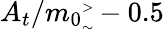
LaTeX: A_{t}/m_{0}{\tiny\begin{array}{l}{{>}}\\ {{\sim}}\end{array}}-0.5